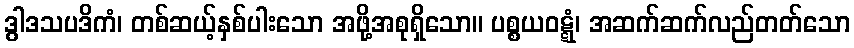
ဒွါဒသပဒိကံ၊ တစ်ဆယ့်နှစ်ပါးသော အဖို့အစုရှိသော။ ပစ္စယဝဋ္ဋံ၊ အဆက်ဆက်လည်တတ်သော